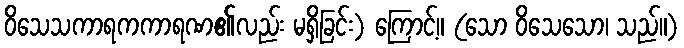
ဝိသေသကာရကကာရဏ၏လည်း မရှိခြင်း) ကြောင့်။ (သော ဝိသေသော၊ သည်။)